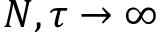
N , \tau \to \infty